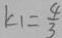
k _ { 1 } = \frac { 4 } { 3 }